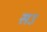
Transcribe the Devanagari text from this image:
सऽ